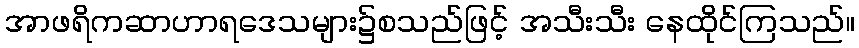
အာဖရိကဆာဟာရဒေသများ၌စသည်ဖြင့် အသီးသီး နေထိုင်ကြသည်။